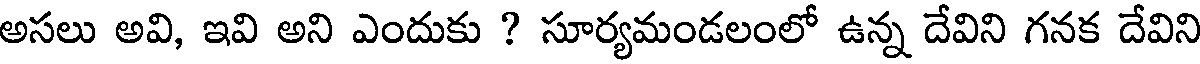
అసలు అవి, ఇవి అని ఎందుకు ? సూర్యమండలంలో ఉన్న దేవిని గనక దేవిని